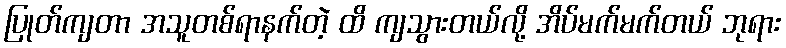
ပြုတ်ကျတာ အသူတစ်ရာနက်တဲ့ ထိ ကျသွားတယ်လို့ အိပ်မက်မက်တယ် ဘုရား